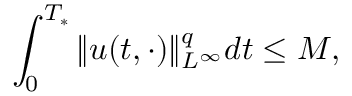
\int _ { 0 } ^ { T _ { * } } \| u ( t , \cdot ) \| _ { L ^ { \infty } } ^ { q } d t \leq M ,